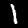
Label: 1